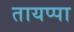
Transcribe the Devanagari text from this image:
तायप्पा